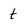
Character: t